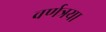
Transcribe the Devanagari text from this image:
वर्णत्रया